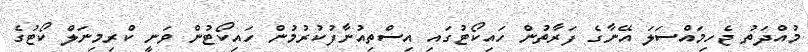
މުއްދަތު ޖެހިމައްސަލަ އޭނާގެ ފަރާތުން ހައިކޯޓުގައި އިސްތިއުނާފުކުރުމުން ހައިކޯޓުން ވަނީ ކްރިމިނަލް ކޯޓުގެ